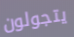
يتجولون